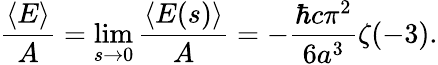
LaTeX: {\frac{\langle E\rangle}{A}}=\operatorname*{lim}_{s\to 0}{\frac{\langle E(s)\rangle}{A}}=-{\frac{\hbar c\pi^{2}}{6a^{3}}}\zeta(-3).